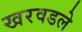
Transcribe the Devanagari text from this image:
खरवडले